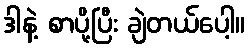
ဒါနဲ့ စာပို့ပြီး ချဲတယ်ပေါ့။